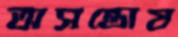
অসন্তোষ